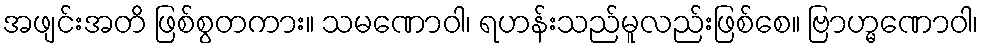
အဖျင်းအတိ ဖြစ်စွတကား။ သမဏောဝါ၊ ရဟန်းသည်မူလည်းဖြစ်စေ။ ဗြာဟ္မဏောဝါ၊